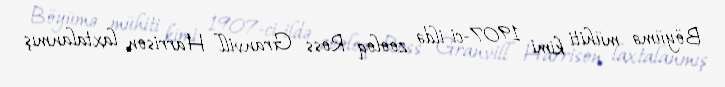
Böyümə mühiti kimi 1907-ci ildə zooloq Ross Granvill Harrison laxtalanmış